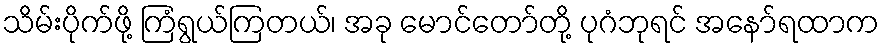
သိမ်းပိုက်ဖို့ ကြံရွယ်ကြတယ်၊ အခု မောင်တော်တို့ ပုဂံဘုရင် အနော်ရထာက